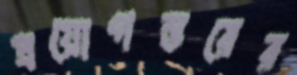
প্রয়োগস্তরের